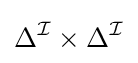
\Delta ^{\mathcal {I}}\times \Delta ^{\mathcal {I}}